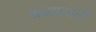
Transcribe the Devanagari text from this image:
श्रमासाठी